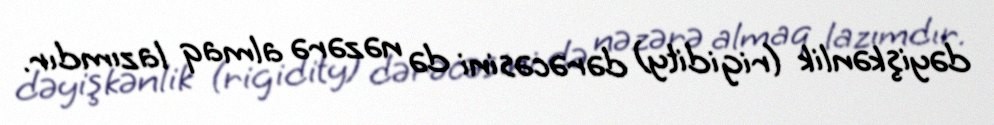
dəyişkənlik (rigidity) dərəcəsini də nəzərə almaq lazımdır.